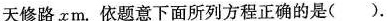
天修路xm。依题意下面所列方程正确的是( ).